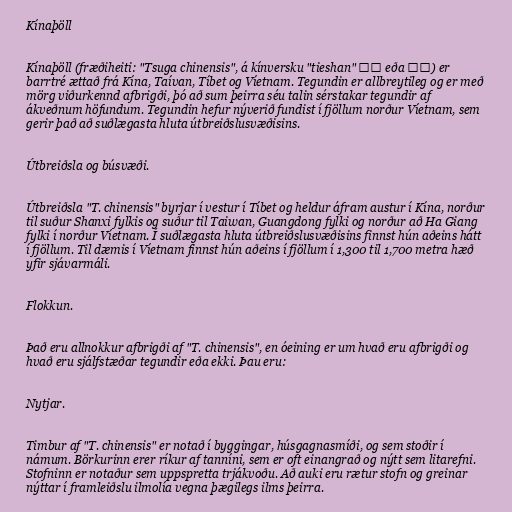
Kínaþöll

Kínaþöll (fræðiheiti: "Tsuga chinensis", á kínversku "tieshan" 铁杉 eða 鐵杉) er
barrtré ættað frá Kína, Taívan, Tíbet og Víetnam. Tegundin er allbreytileg og er með
mörg viðurkennd afbrigði, þó að sum þeirra séu talin sérstakar tegundir af
ákveðnum höfundum. Tegundin hefur nýverið fundist í fjöllum norður Víetnam, sem
gerir það að suðlægasta hluta útbreiðslusvæðisins.

Útbreiðsla og búsvæði.

Útbreiðsla "T. chinensis" byrjar í vestur í Tíbet og heldur áfram austur í Kína, norður
til suður Shanxi fylkis og suður til Taiwan, Guangdong fylki og norður að Ha Giang
fylki í norður Víetnam. Í suðlægasta hluta útbreiðslusvæðisins finnst hún aðeins hátt
í fjöllum. Til dæmis í Víetnam finnst hún aðeins í fjöllum í 1,300 til 1,700 metra hæð
yfir sjávarmáli.

Flokkun.

Það eru allnokkur afbrigði af "T. chinensis", en óeining er um hvað eru afbrigði og
hvað eru sjálfstæðar tegundir eða ekki. Þau eru:

Nytjar.

Timbur af "T. chinensis" er notað í byggingar, húsgagnasmíði, og sem stoðir í
námum. Börkurinn erer ríkur af tanníni, sem er oft einangrað og nýtt sem litarefni.
Stofninn er notaður sem uppspretta trjákvoðu. Að auki eru rætur stofn og greinar
nýttar í framleiðslu ilmolía vegna þægilegs ilms þeirra.